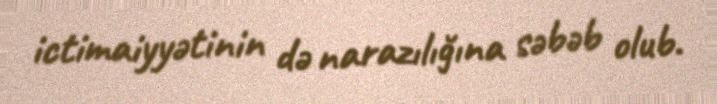
ictimaiyyətinin də narazılığına səbəb olub.